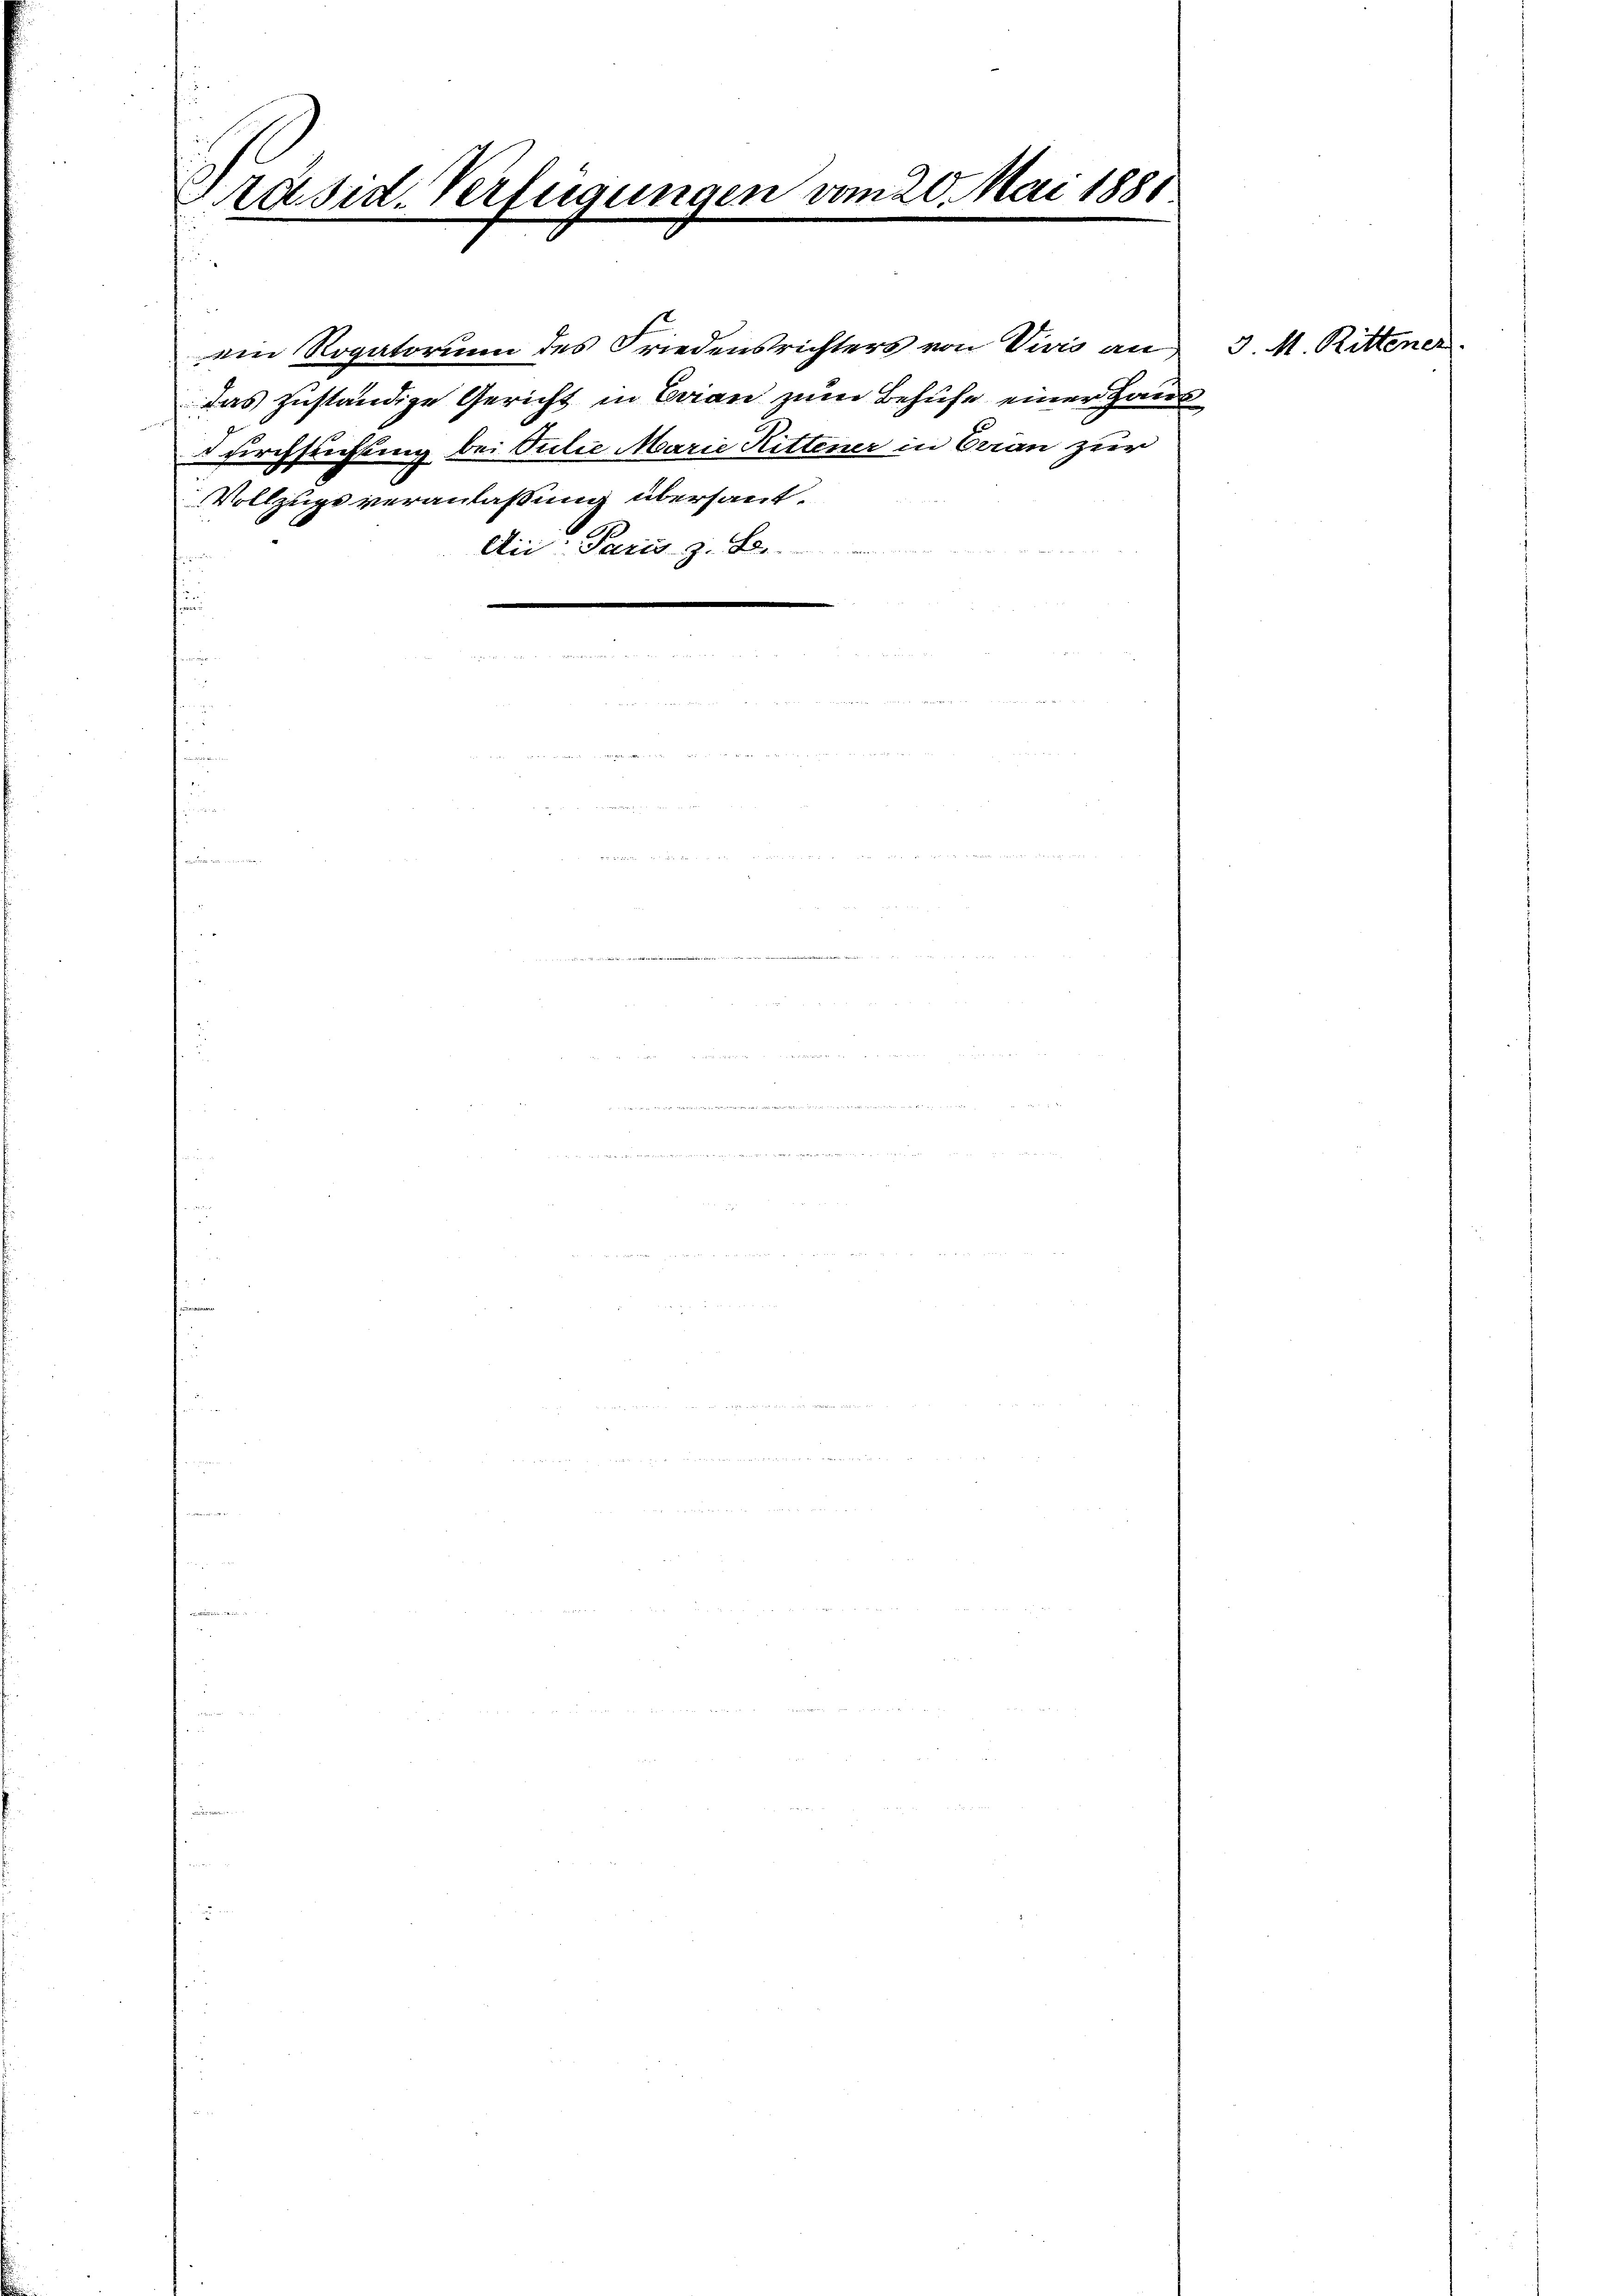
Präsid. Verfügungen

das zuständige Gericht in Bran zum Behufe einer Haus
durchsuchung bei Silie Marie Rittener in Bran zur
Vollzugs veranlaßung übersaut¬
Aii: Paris z. B.

vom 20. Mai 1881

ein Rogatorium des Friedensrichters von Vivis an 3. M. Rittener